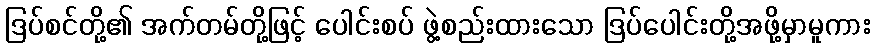
ဒြပ်စင်တို့၏ အက်တမ်တို့ဖြင့် ပေါင်းစပ် ဖွဲ့စည်းထားသော ဒြပ်ပေါင်းတို့အဖို့မှာမူကား